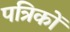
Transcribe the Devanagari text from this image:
पत्रिकों